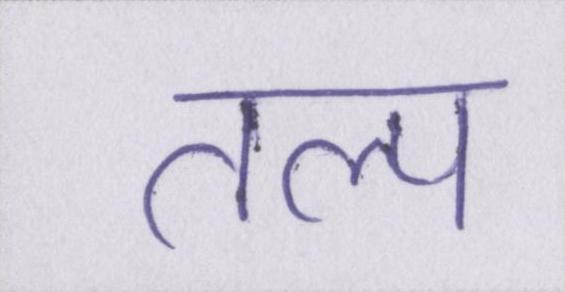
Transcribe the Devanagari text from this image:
तल्प